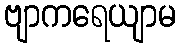
ဗျာကရေယျာမ